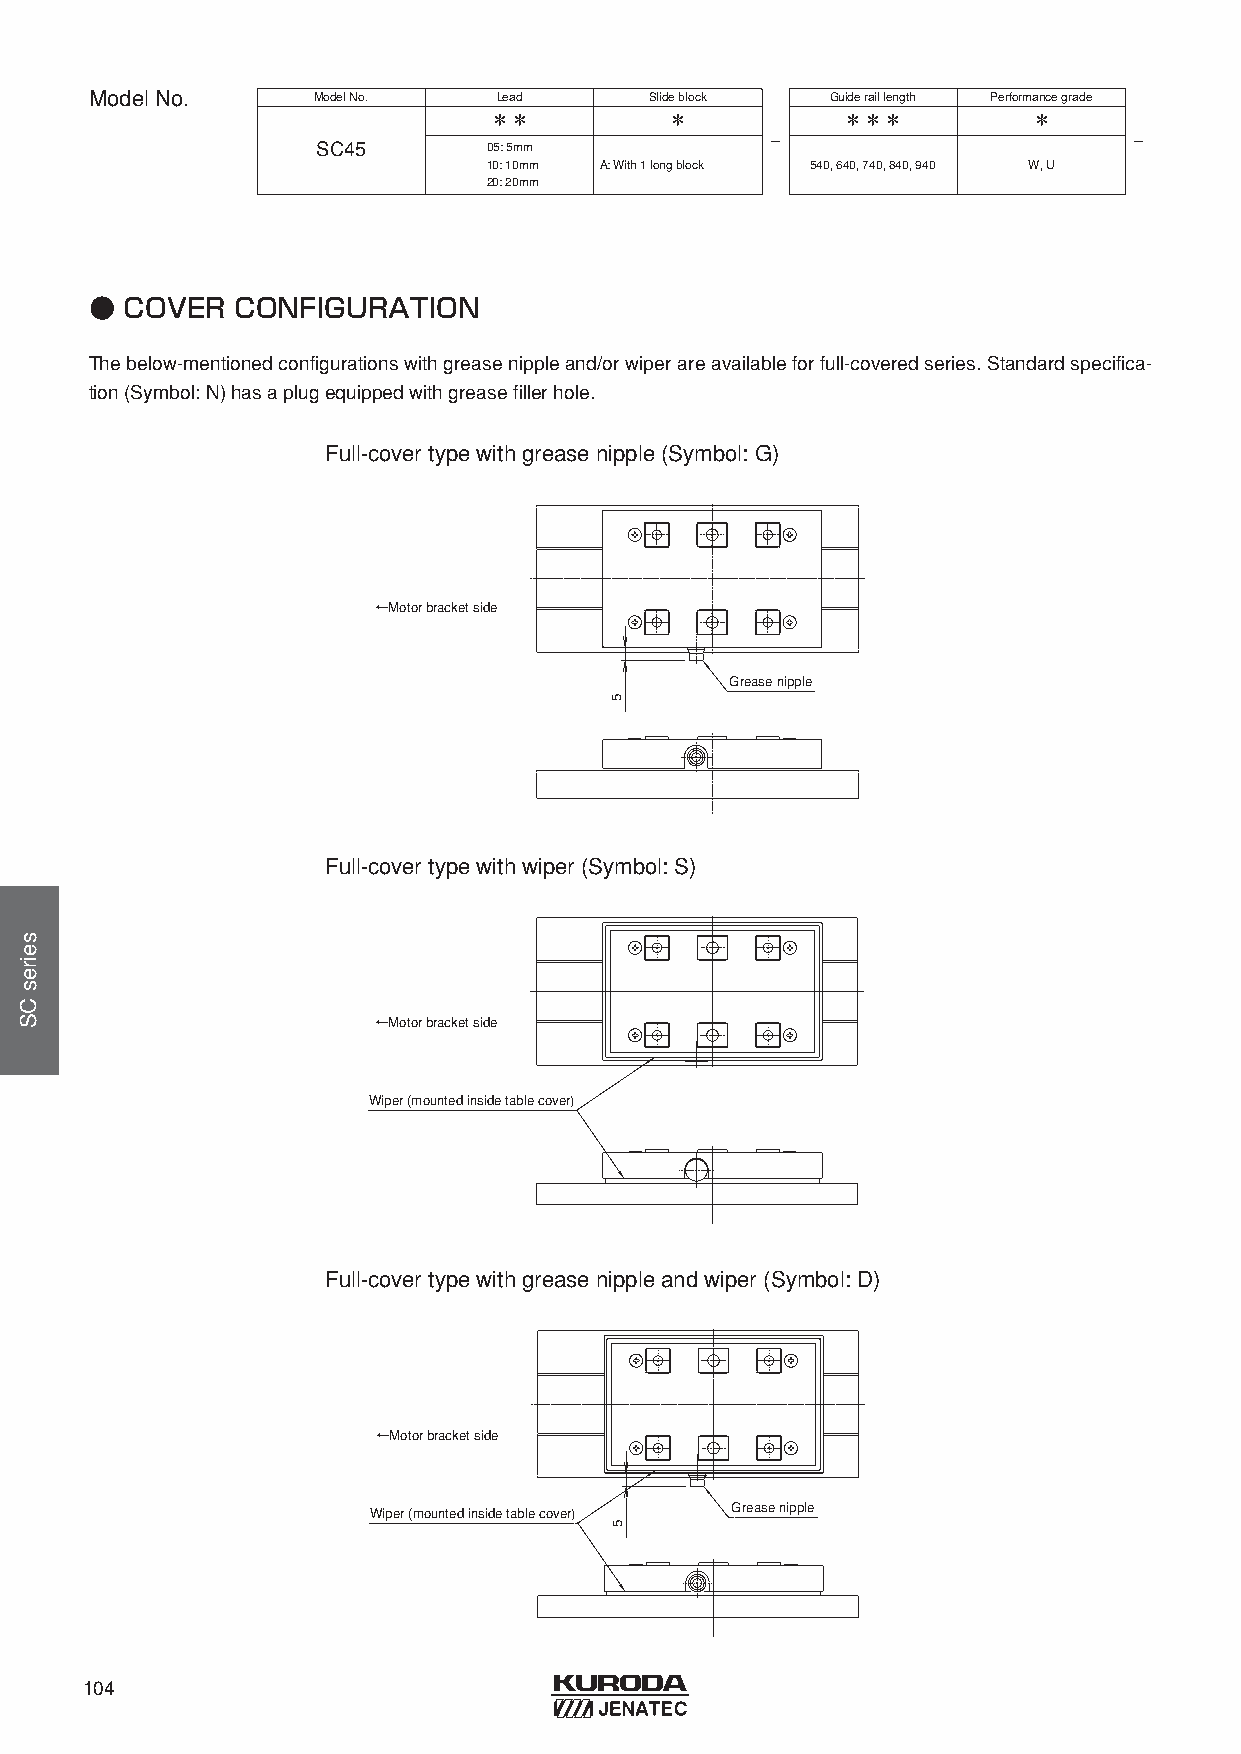
ModelNo.       ModelNo.    Lead      Slideblock  Guideraillength Performancegrade
 ＊＊          ＊           ＊＊＊         ＊
 -                       -
 SC45       05: 5mm
 10: 10mm A: With1 longblock 540, 640, 740, 840, 940 W, U
 20: 20mm
 ● COVER   CONFIGURATION
 Thebelow-mentionedconfigurationswithgreasenippleand/orwiperareavailableforfull-coveredseries. Standardspecifica-
 tion(Symbol: N) hasaplugequippedwithgreasefillerhole.
 Full-covertypewithgreasenipple(Symbol: G)
 ←Motor bracket side
 Grease nipple
 Full-covertypewithwiper(Symbol: S)
 ←Motor bracket side
 Wiper (mounted inside table cover)
 Full-covertypewithgreasenippleandwiper(Symbol: D)
 ←Motor bracket side
 Wiper (mounted inside table cover) Grease nipple
 104
 seiresCS
 5
 5